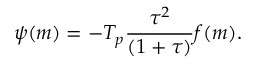
\begin{array} { c c c } { \displaystyle { \psi ( m ) = - T _ { p } \frac { \tau ^ { 2 } } { ( 1 + \tau ) } f ( m ) . } } \end{array}